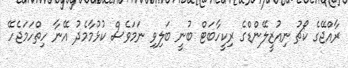
ރާއްޖޭގެ ކޯޗު ނިއުޒީލޭންޑްގެ ރިކީހާބަޓް ބުނީ ބަލިވި ނަމަވެސް ކުޅުމާމެދު އޭނާ ހިތްހަމަޖެހޭ